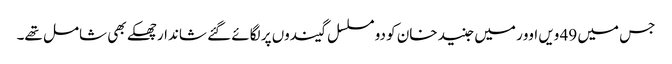
جس میں 49 ویں اوور میں جنید خان کو دو مسلسل گیندوں پر لگائے گئے شاندار چھکے بھی شامل تھے۔